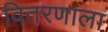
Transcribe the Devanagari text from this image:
वितरणाला